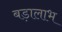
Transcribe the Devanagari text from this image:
बड़ालाभ